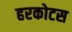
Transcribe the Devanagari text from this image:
हरकोटस